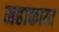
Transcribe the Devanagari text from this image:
महाकाया